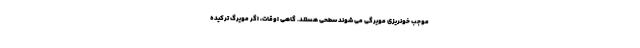
موجب خونریزی مویرگی می شوند سطحی هستند. گاهی اوقات، اگر مویرگ ترکیده